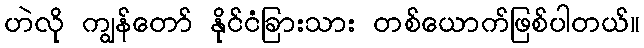
ဟဲလို ကျွန်တော် နိုင်ငံခြားသား တစ်ယောက်ဖြစ်ပါတယ်။